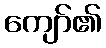
ကျော်၏